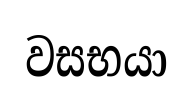
වසභයා